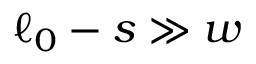
\ell _ { 0 } - s \gg w